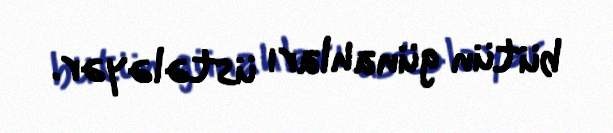
bütün günahları üstələyər.